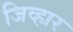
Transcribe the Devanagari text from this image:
जिव्हार